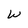
Character: W